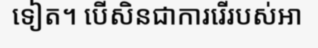
ទៀត។ បើសិនជាការរើរបស់អា